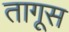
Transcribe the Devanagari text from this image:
तागूस